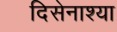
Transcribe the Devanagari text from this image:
दिसेनाश्या